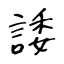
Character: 諉